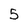
Character: 5